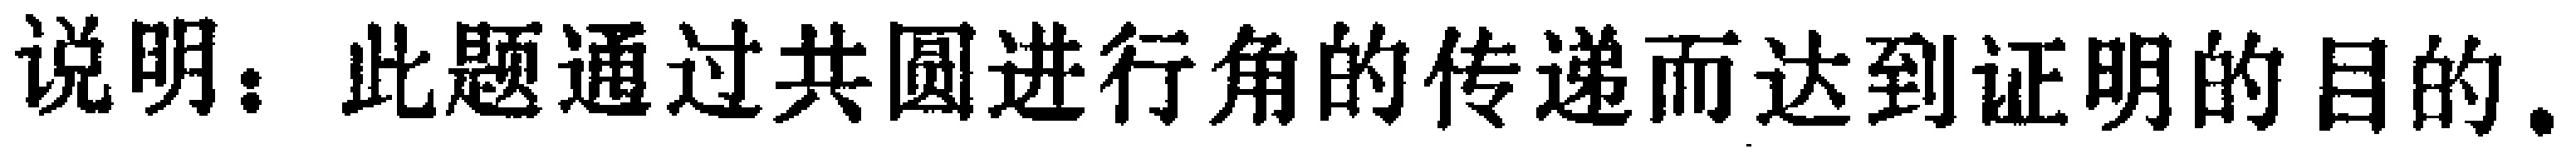
说明：此题通过共圆进行角的传递而达到证明的目的.